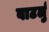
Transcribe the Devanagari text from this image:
वाटर्लु